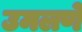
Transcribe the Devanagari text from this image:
उमलणे